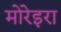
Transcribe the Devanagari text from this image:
मोरेइरा